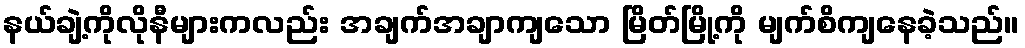
နယ်ချဲ့ကိုလိုနီများကလည်း အချက်အချာကျသော မြိတ်မြို့ကို မျက်စိကျနေခဲ့သည်။